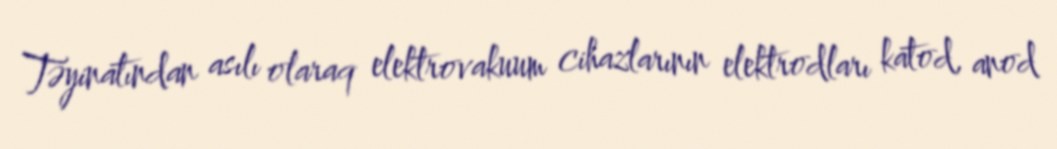
Təyinatından asılı olaraq elektrovakuum cihazlarının elektrodları katod, anod